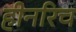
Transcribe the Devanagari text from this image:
हीनरिच